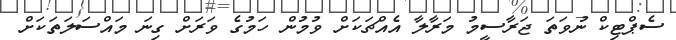
ސެޕްޓިކް ނުވަތަ ޖަރާސީމު މަރާލާ އެއްޗަކަށް ވުމުން ހަމުގެ ވަރަށް ގިނަ މައްސަލަތަކަށް